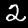
Label: 2